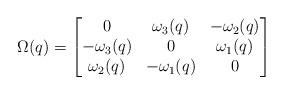
LaTeX: \begin{align*} \Omega(q) = \begin{bmatrix} 0 & \omega_3(q) & -\omega_2(q) \\ -\omega_3(q) & 0 & \omega_1(q) \\ \omega_2(q) & -\omega_1(q) & 0 \end{bmatrix}\end{align*}